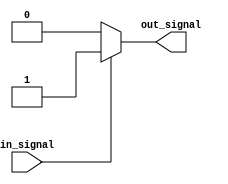
module Schmitt_trigger_inverter (
    input wire in_signal,
    output reg out_signal
);

reg prev_out_signal;

parameter THRESHOLD_HIGH = 1'b1;
parameter THRESHOLD_LOW = 1'b0;

always @* begin
    if (prev_out_signal == THRESHOLD_HIGH) begin
        if (in_signal == THRESHOLD_LOW) begin
            out_signal = THRESHOLD_LOW;
        end else begin
            out_signal = THRESHOLD_HIGH;
        end
    end else begin
        if (in_signal == THRESHOLD_HIGH) begin
            out_signal = THRESHOLD_HIGH;
        end else begin
            out_signal = THRESHOLD_LOW;
        end
    end
end

always @* begin
    prev_out_signal = out_signal;
end

endmodule